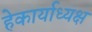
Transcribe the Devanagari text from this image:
हेकार्याध्यक्ष